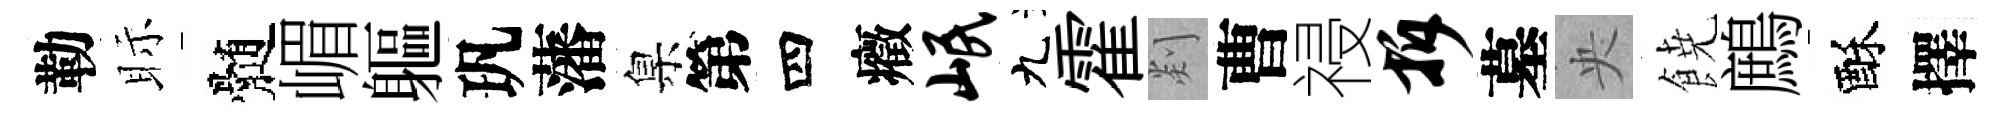
勒眎髄嵋軀㺬藩臬第四癥岷九霍剡曹祲拆墓央𩜙鷓酥擇